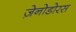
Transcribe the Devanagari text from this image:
ज़ेनोडोरस